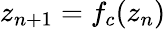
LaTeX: z_{n+1}=f_{c}(z_{n})